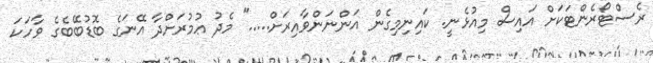
ރެސްޓޯރެންޓަކަށް އައިސް މިއުޅެނީ. ކައިނިމިގެން އަންނަންވާއިރަށް....." މެދު ޢުމުރަށްދާ އޭނަގެ ބޮޑުބޭބެގެ ވާހަކަ